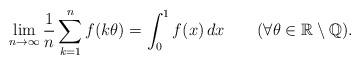
LaTeX: \begin{align*} \lim_{n\to\infty}\frac1n\sum_{k=1}^nf(k\theta)=\int_0^1f(x)\,dx\qquad(\forall \theta\in\mathbb R\setminus\mathbb Q).\end{align*}